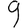
Digit: 9